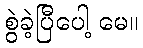
စွဲခဲ့ပြီပေါ့ မေ။